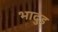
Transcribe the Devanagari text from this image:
भादुड़